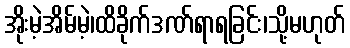
အိုးမဲ့အိမ်မဲ့၊ထိခိုက်ဒဏ်ရာရခြင်း၊သို့မဟုတ်